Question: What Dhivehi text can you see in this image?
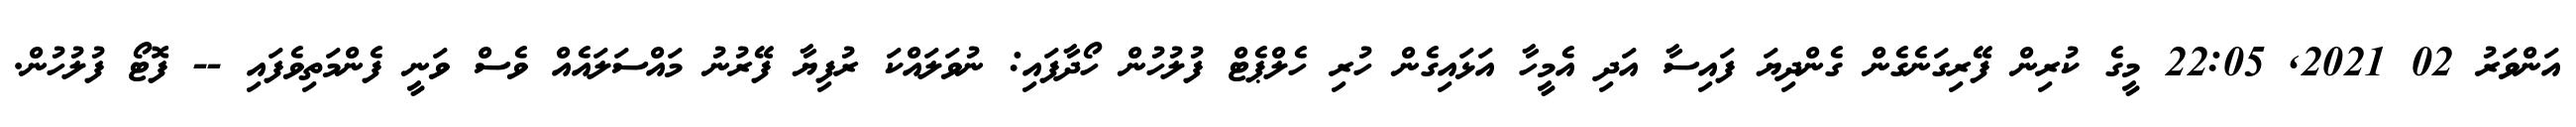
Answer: އަންވަރު 02 2021, 22:05 މީގެ ކުރިން ފޭރިގަނެގެން ގެންދިޔަ ފައިސާ އަދި އެމީހާ އަޅައިގެން ހުރި ހެލްޕެޓް ފުލުހުން ހޯދާފައި: ނުވަލައްކަ ރުފިޔާ ފޭރުނު މައްސަލައެއް ވެސް ވަނީ ފެންމަތިވެފައި -- ފޮޓޯ ފުލުހުން.